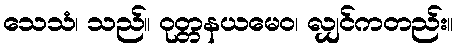
သေသံ၊ သည်။ ဝုတ္တနယမေဝ၊ လျှင်ကတည်း။